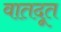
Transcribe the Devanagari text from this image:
वातदूत